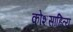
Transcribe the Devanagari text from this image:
कोशसाहित्य